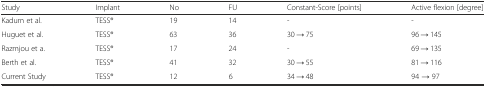
<table><thead><tr><td><b>Study</b></td><td><b>Implant</b></td><td><b>No</b></td><td><b>FU</b></td><td><b>Constant-Score [points]</b></td><td><b>Active flexion [degree]</b></td></tr></thead><tbody><tr><td>Kadum et al.</td><td>TESS®</td><td>19</td><td>14</td><td>-</td><td>-</td></tr><tr><td>Huguet et al.</td><td>TESS®</td><td>63</td><td>36</td><td>30 → 75</td><td>96 → 145</td></tr><tr><td>Razmjou et a.</td><td>TESS®</td><td>17</td><td>24</td><td>-</td><td>69 → 135</td></tr><tr><td>Berth et al.</td><td>TESS®</td><td>41</td><td>32</td><td>30 → 55</td><td>81 → 116</td></tr><tr><td>Current Study</td><td>TESS®</td><td>12</td><td>6</td><td>34 → 48</td><td>94 → 97</td></tr></tbody></table>